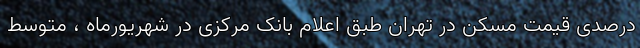
درصدی قیمت مسکن در تهران طبق اعلام بانک مرکزی در شهریورماه ، متوسط